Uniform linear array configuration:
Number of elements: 32
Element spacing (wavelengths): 1
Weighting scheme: exponential
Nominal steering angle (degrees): -15
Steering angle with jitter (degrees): -13.496
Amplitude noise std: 0.05
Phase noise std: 0.05

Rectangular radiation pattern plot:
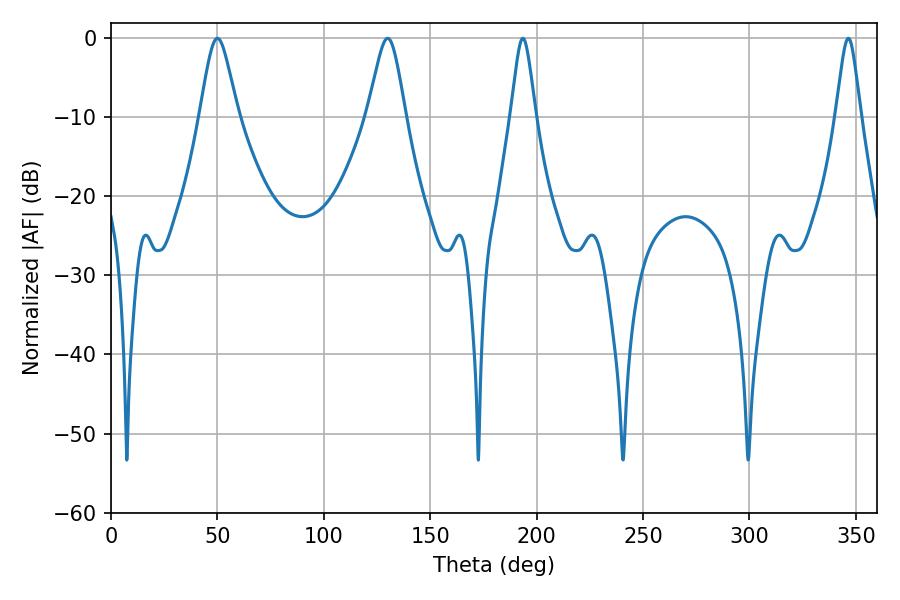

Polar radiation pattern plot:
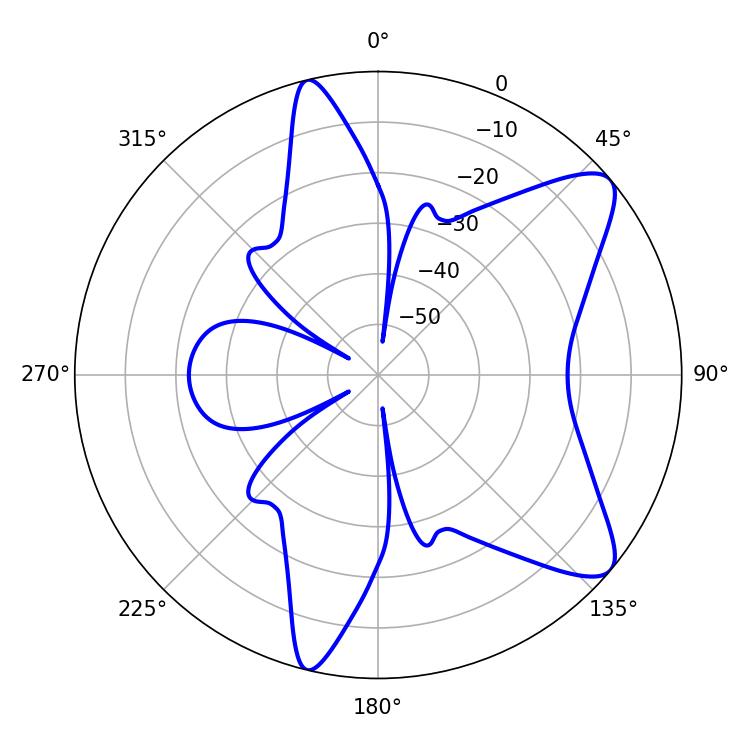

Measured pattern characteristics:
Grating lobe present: TRUE
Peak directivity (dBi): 9.381
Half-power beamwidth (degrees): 8.64
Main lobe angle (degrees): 50.04